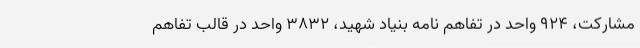
مشارکت، ۹۲۴ واحد در تفاهم نامه بنیاد شهید، ۳۸۳۲ واحد در قالب تفاهم